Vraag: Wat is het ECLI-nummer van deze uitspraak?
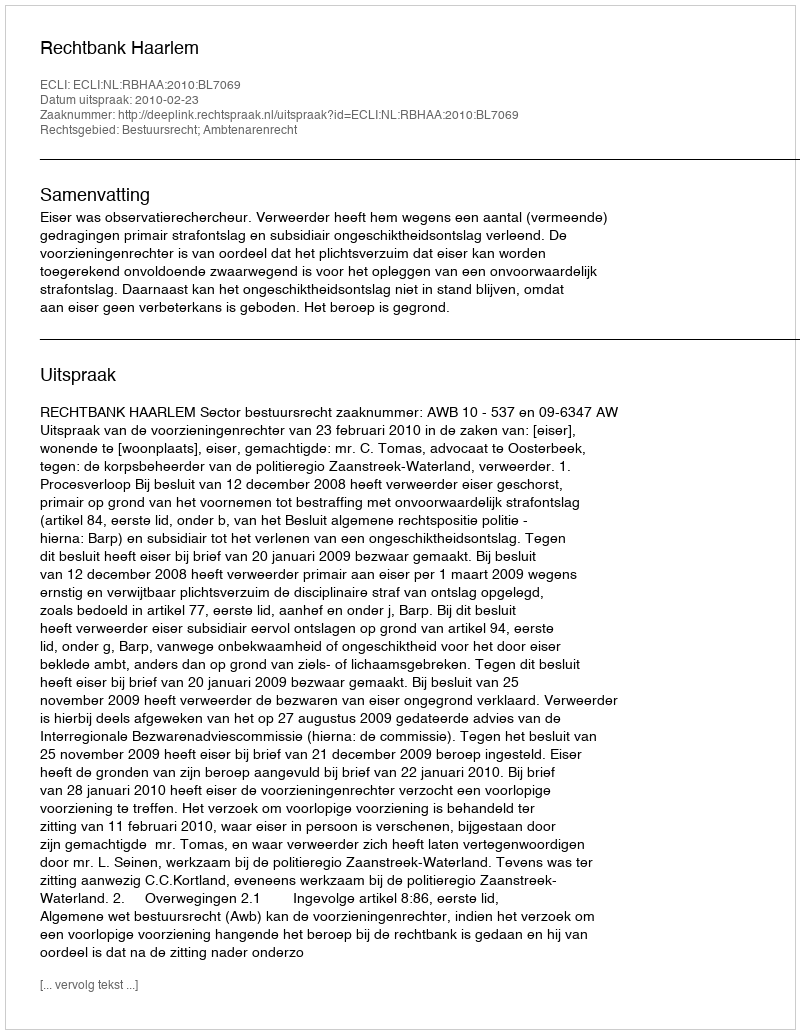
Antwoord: ECLI:NL:RBHAA:2010:BL7069